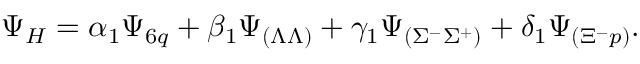
\Psi _ { H } = \alpha _ { 1 } \Psi _ { 6 q } + \beta _ { 1 } \Psi _ { ( \Lambda \Lambda ) } + \gamma _ { 1 } \Psi _ { ( \Sigma ^ { - } \Sigma ^ { + } ) } + \delta _ { 1 } \Psi _ { ( \Xi ^ { - } p ) } .